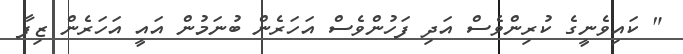
" ކައިވެނީގެ ކުރިންވެސް އަދި ފަހުންވެސް އަހަރެން ބުނަމުން އައީ އަހަރެން ޒިފާ